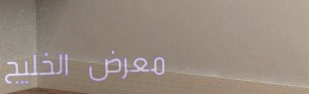
معرض الخليج